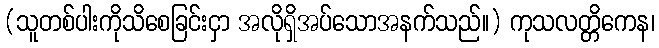
(သူတစ်ပါးကိုသိစေခြင်းငှာ အလိုရှိအပ်သောအနက်သည်။) ကုသလတ္တိကေန၊